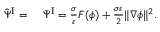
\begin{array} { r l } { \hat { \Psi } ^ { \mathrm { I } } = } & { { } ~ \bar { \Psi } ^ { \mathrm { I } } = \frac { \sigma } { \varepsilon } F ( \phi ) + \frac { \sigma \varepsilon } { 2 } \| \nabla \phi \| ^ { 2 } . } \end{array}